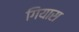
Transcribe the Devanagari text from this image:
गियास